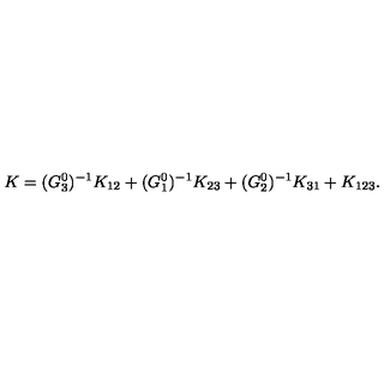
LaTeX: K = ( G _ { 3 } ^ { 0 } ) ^ { - 1 } K _ { 1 2 } + ( G _ { 1 } ^ { 0 } ) ^ { - 1 } K _ { 2 3 } + ( G _ { 2 } ^ { 0 } ) ^ { - 1 } K _ { 3 1 } + K _ { 1 2 3 } .